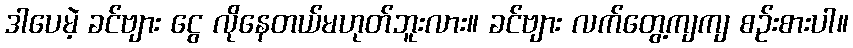
ဒါပေမဲ့ ခင်ဗျား ငွေ လိုနေတယ်မဟုတ်ဘူးလား။ ခင်ဗျား လက်တွေ့ကျကျ စဉ်းစားပါ။